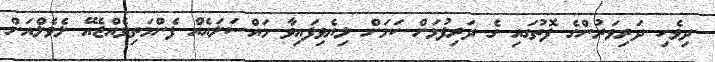
ދިވެހި ދަރިވަރުންގެ ފޮތުގައި ގެ ދަރިފުޅަށް ކަމަށް ލިޔެވިފައިވާ މައްސަލައެއް ފެންމަތިވެއްޖެއޭ ލެވެލްއަށް